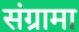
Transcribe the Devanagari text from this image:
संग्रामा